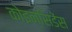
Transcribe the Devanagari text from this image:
कोइन्सिडेंस